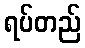
ရပ်တည်